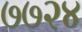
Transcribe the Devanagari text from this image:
७७२४